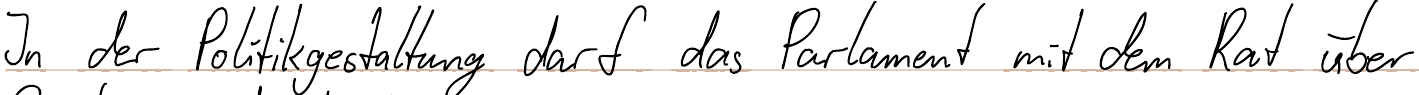
In der Politikgestaltung darf das Parlament mit dem Rat über